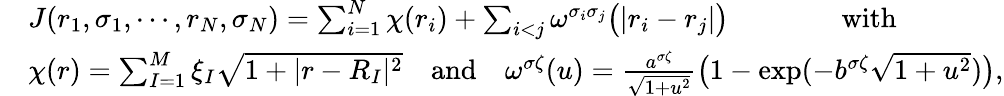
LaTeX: \begin{array}{rl}&{J(r_{1},\sigma_{1},\cdots,r_{N},\sigma_{N})=\sum_{i=1}^{N}\chi(r_{i})+\sum_{i<j}\omega^{\sigma_{i}\sigma_{j}}\big(|r_{i}-r_{j}|\big)\qquad\qquad\mathrm{with}}\\ &{\chi(r)=\sum_{I=1}^{M}\xi_{I}\sqrt{1+|r-R_{I}|^{2}}\quad\mathrm{and}\quad\omega^{\sigma\zeta}(u)=\frac{a^{\sigma\zeta}}{\sqrt{1+u^{2}}}\big(1-\exp(-b^{\sigma\zeta}\sqrt{1+u^{2}})\big),}\end{array}